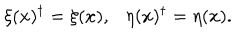
\xi ( x ) ^ { \dagger } = \xi ( x ) , \ \ \ \eta ( x ) ^ { \dagger } = \eta ( x ) .